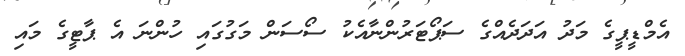
އެމްޑީޕީގެ މަދު އަދަދެއްގެ ސަޕޯޓަރުންނާއެކު ސޯސަން މަގުގައި ހުންނަ އެ ޕާޓީގެ މައި